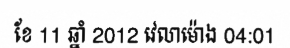
ខែ 11 ឆ្នាំ 2012 វេលាម៉ោង 04:01